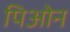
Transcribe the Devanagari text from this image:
पिओन